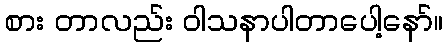
စား တာလည်း ဝါသနာပါတာပေါ့နော်။